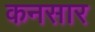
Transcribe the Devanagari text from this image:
कनसार